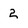
Character: 2